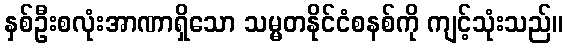
နှစ်ဦးစလုံးအာဏာရှိသော သမ္မတနိုင်ငံစနစ်ကို ကျင့်သုံးသည်။